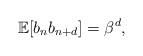
LaTeX: \begin{align*}\mathbb{E}[b_n b_{n+d}] = \beta^d,\end{align*}